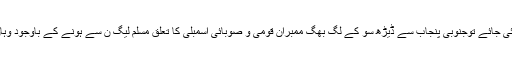
پنجاب سے ن لیگ کے امیدواران ایوان بالا پر نظر دوڑائی جائے توجنوبی پنجاب سے ڈیڑھ سو کے لگ بھگ ممبران قومی و صوبائی اسمبلی کا تعلق مسلم لیگ ن سے ہونے کے باوجود وہاں سے سرائیکی پس منظر کا کوئی امیدوار نظر نہیں آتا۔